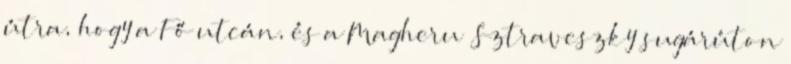
útra, hogy a Fő utcán, és a Magheru Sztraveszky sugárúton